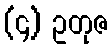
(၄) ဥတုဇ